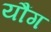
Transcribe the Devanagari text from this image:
यौंग